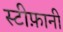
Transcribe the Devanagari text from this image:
स्टीफ़ानी